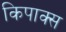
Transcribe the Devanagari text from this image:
किपाक्स